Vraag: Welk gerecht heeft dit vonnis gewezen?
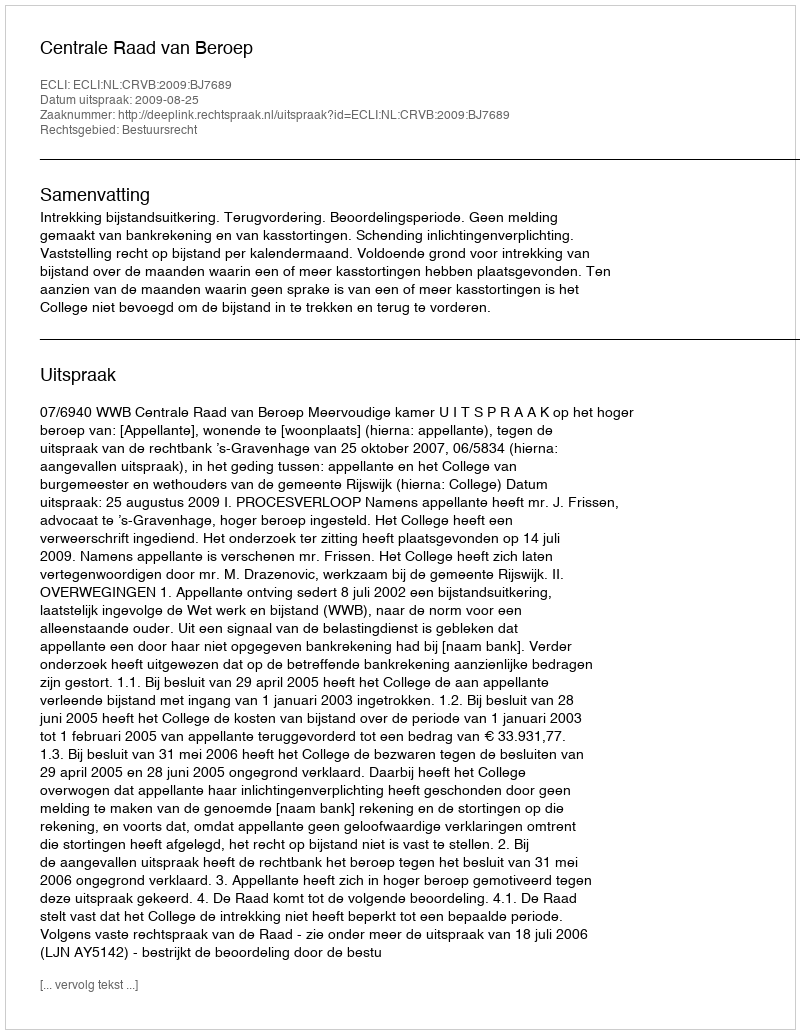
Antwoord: Centrale Raad van Beroep